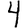
Digit: 4